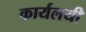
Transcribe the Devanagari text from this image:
कार्यलयी